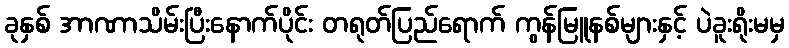
ခုနှစ် အာဏာသိမ်းပြီးနောက်ပိုင်း တရုတ်ပြည်ရောက် ကွန်မြူနစ်များနှင့် ပဲခူးရိုးမမှ